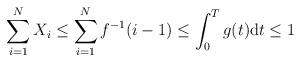
LaTeX: \begin{align*}\sum_{i=1}^N X_i\leq \sum^{N}_{i=1}f^{-1}(i-1)\leq \int^T_0 g(t)\mathrm{d}t\leq 1\end{align*}